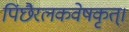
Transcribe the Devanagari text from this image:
पिंछैरलकवेषकृत्‌।